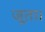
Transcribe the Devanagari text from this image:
जूता।